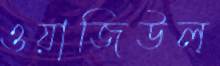
ওয়াজিউল্